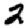
Digit: 2